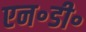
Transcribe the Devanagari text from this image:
एन॰डी॰